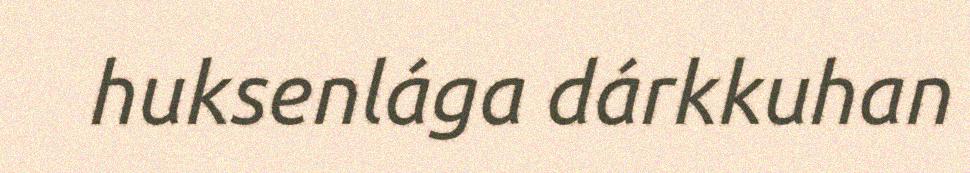
huksenlága dárkkuhan